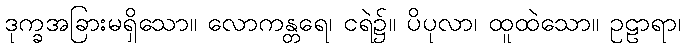
ဒုက္ခအခြားမရှိသော။ လောကန္တရေ၊ ငရဲ၌။ ပိပုလာ၊ ထူထဲသော။ ဥဠာရာ၊